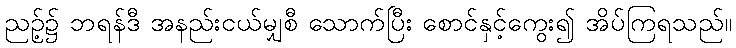
ညဉ့်၌ ဘရန်ဒီ အနည်းငယ်မျှစီ သောက်ပြီး စောင်နှင့်ကွေး၍ အိပ်ကြရသည်။